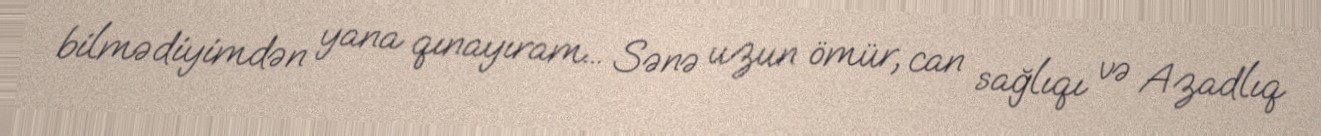
bilmədiyimdən yana qınayıram... Sənə uzun ömür, can sağlıqı və Azadlıq